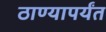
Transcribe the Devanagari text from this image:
ठाण्यापर्यंत